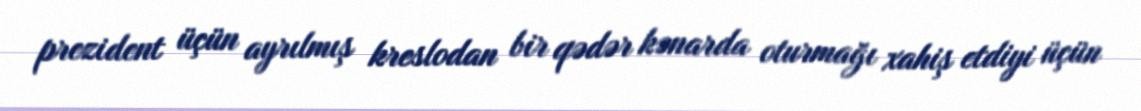
prezident üçün ayrılmış kreslodan bir qədər kənarda oturmağı xahiş etdiyi üçün